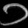
Digit: ၁